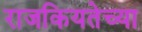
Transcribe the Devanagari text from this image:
राजकियतेच्या